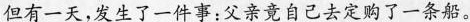
但有一天,发生了一件事:父亲竟自己去定购了一条船。